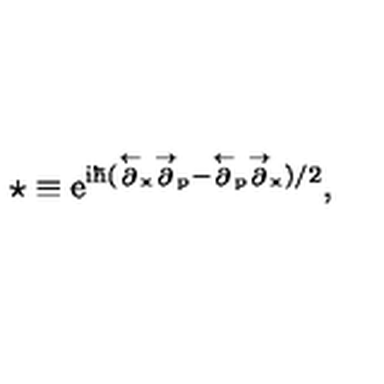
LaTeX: \star \equiv \mathrm { { \Large e ^ { i \hbar ( \stackrel { \leftarrow } { \partial } _ { x } \stackrel { \rightarrow } { \partial } _ { p } - \stackrel { \leftarrow } { \partial } _ { p } \stackrel { \rightarrow } { \partial } _ { x } ) / 2 } } } ,